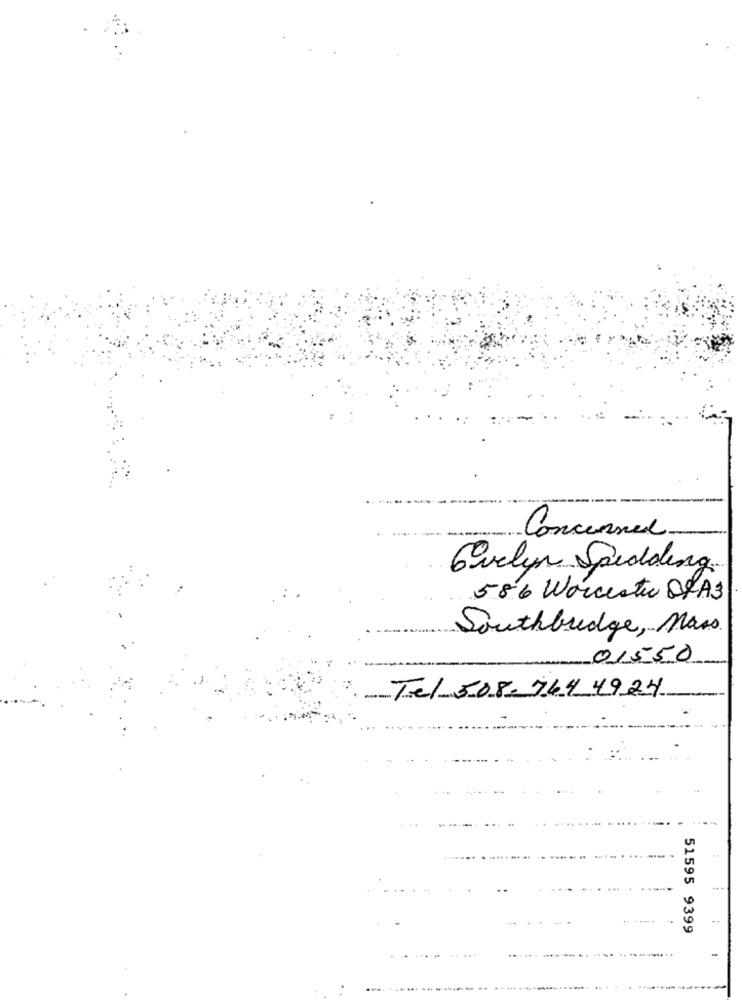
Concerned
Evelyn Spudding
586 Worcester DLA3
Southbudge, Mass
01550
-
Tel 508-764 4924
51595 9399
...